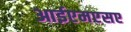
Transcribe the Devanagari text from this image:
आईएमएसए